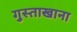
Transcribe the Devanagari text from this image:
गुस्ताखाना